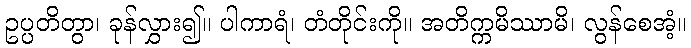
ဥပ္ပတိတွာ၊ ခုန်လွှား၍။ ပါကာရံ၊ တံတိုင်းကို။ အတိက္ကမိဿာမိ၊ လွန်စေအံ့။